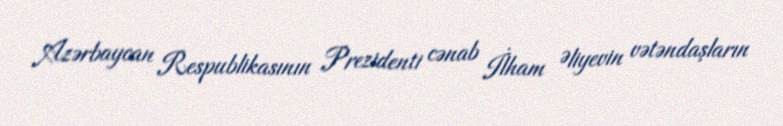
Azərbaycan Respublikasının Prezidenti cənab İlham Əliyevin vətəndaşların